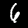
Digit: 6